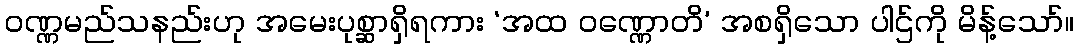
ဝဏ္ဏမည်သနည်းဟု အမေးပုစ္ဆာရှိရကား ‘အထ ဝဏ္ဏောတိ’ အစရှိသော ပါဌ်ကို မိန့်သော်။